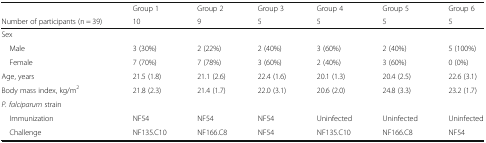
<table><thead><tr><td></td><td><b>Group 1</b></td><td><b>Group 2</b></td><td><b>Group 3</b></td><td><b>Group 4</b></td><td><b>Group 5</b></td><td><b>Group 6</b></td></tr><tr><td><b>Number of participants (n = 39)</b></td><td><b>10</b></td><td><b>9</b></td><td><b>5</b></td><td><b>5</b></td><td><b>5</b></td><td><b>5</b></td></tr></thead><tbody><tr><td colspan="7">Sex</td></tr><tr><td> Male</td><td>3 (30%)</td><td>2 (22%)</td><td>2 (40%)</td><td>3 (60%)</td><td>2 (40%)</td><td>5 (100%)</td></tr><tr><td> Female</td><td>7 (70%)</td><td>7 (78%)</td><td>3 (60%)</td><td>2 (40%)</td><td>3 (60%)</td><td>0 (0%)</td></tr><tr><td>Age, years</td><td>21.5 (1.8)</td><td>21.1 (2.6)</td><td>22.4 (1.6)</td><td>20.1 (1.3)</td><td>20.4 (2.5)</td><td>22.6 (3.1)</td></tr><tr><td>Body mass index, kg/m<sup>2</sup></td><td>21.8 (2.3)</td><td>21.4 (1.7)</td><td>22.0 (3.1)</td><td>20.6 (2.0)</td><td>24.8 (3.3)</td><td>23.2 (1.7)</td></tr><tr><td colspan="7"><i>P. falciparum</i> strain</td></tr><tr><td> Immunization</td><td>NF54</td><td>NF54</td><td>NF54</td><td>Uninfected</td><td>Uninfected</td><td>Uninfected</td></tr><tr><td> Challenge</td><td>NF135<i>.</i>C10</td><td>NF166.C8</td><td>NF54</td><td>NF135<i>.</i>C10</td><td>NF166.C8</td><td>NF54</td></tr></tbody></table>